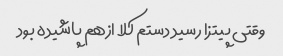
وقتی پیتزا رسید دستم کلا ازهم پاشیده بود